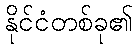
နိုင်ငံတစ်ခု၏